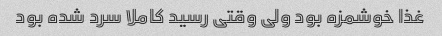
غذا خوشمزه بود ولی وقتی رسید کاملا سرد شده بود